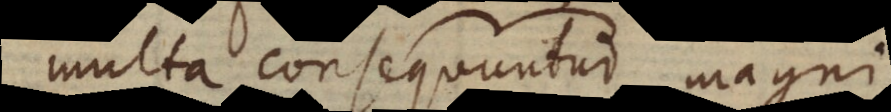
multa consequuntur magni